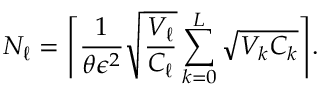
N _ { \ell } = \Biggl \lceil \frac { 1 } { \theta \epsilon ^ { 2 } } \sqrt { \frac { V _ { \ell } } { C _ { \ell } } } \sum _ { k = 0 } ^ { L } \sqrt { V _ { k } C _ { k } } \Biggr \rceil .